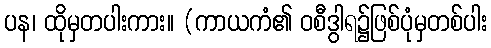
ပန၊ ထိုမှတပါးကား။ (ကာယကံ၏ ဝစီဒွါရ၌ဖြစ်ပုံမှတစ်ပါး